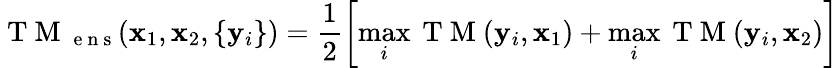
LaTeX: \mathrm{~T~M~}_{\mathrm{~e~n~s~}}(\mathbf{x}_{1},\mathbf{x}_{2},\{ \mathbf{y}_{i}\} )=\frac{1}{2}\left[\operatorname*{max}_{i}\mathrm{~T~M~}(\mathbf{y}_{i},\mathbf{x}_{1})+\operatorname*{max}_{i}\mathrm{~T~M~}(\mathbf{y}_{i},\mathbf{x}_{2})\right]